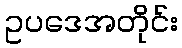
ဥပဒေအတိုင်း